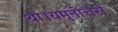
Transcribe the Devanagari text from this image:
था।यमुनोत्तरी